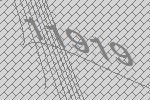
11919